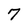
Character: 7